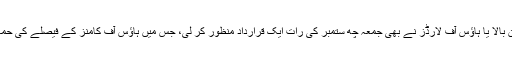
اس کے بعد ایوان بالا یا ہاؤس آف لارڈز نے بھی جمعہ چھ ستمبر کی رات ایک قرارداد منظور کر لی، جس میں ہاؤس آف کامنز کے فیصلے کی حمایت کر دی گئی۔